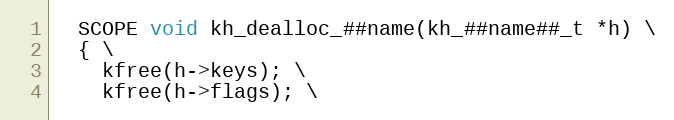
Language: C
  SCOPE void kh_dealloc_##name(kh_##name##_t *h) \
  { \
    kfree(h->keys); \
    kfree(h->flags); \